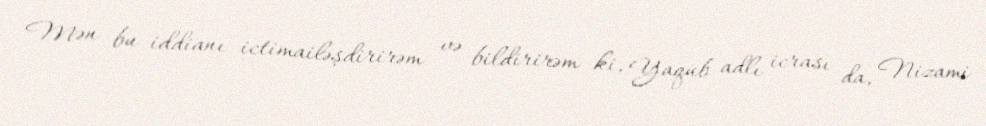
Mən bu iddianı ictimailəşdirirəm və bildirirəm ki, Yaqub adlı icrası da, Nizami